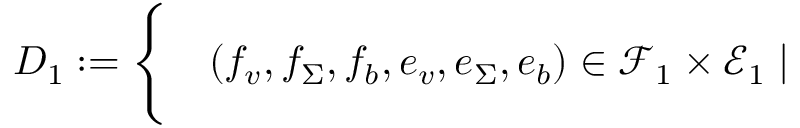
\begin{array} { r l } { D _ { 1 } : = \Bigg \{ } & { { } ( f _ { v } , f _ { \Sigma } , f _ { b } , e _ { v } , e _ { \Sigma } , e _ { b } ) \in \mathcal { F } _ { 1 } \times \mathcal { E } _ { 1 } \mid } \end{array}